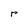
Character: r